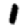
Digit: 1